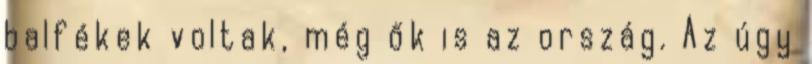
balfékek voltak, még ők is az ország. Az úgy